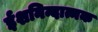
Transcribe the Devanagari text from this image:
ईशनिन्दात्मक